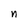
Character: n